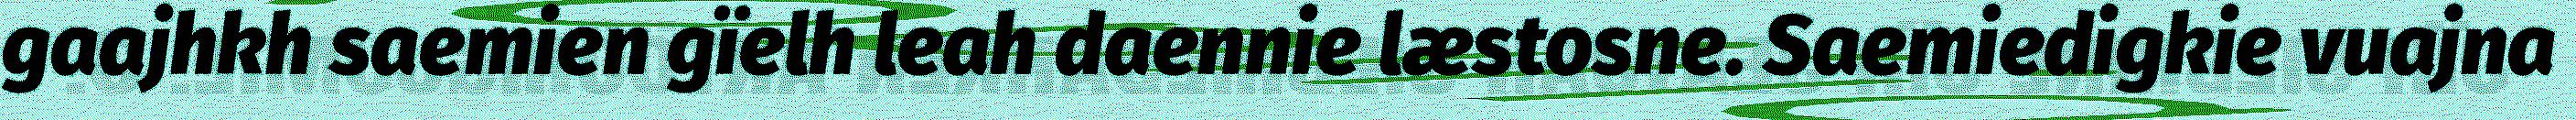
gaajhkh saemien gïelh leah daennie læstosne. Saemiedigkie vuajna